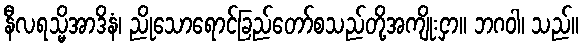
နီလရသ္မိအာဒိနံ၊ ညိုသောရောင်ခြည်တော်စသည်တို့အကျိုးငှာ။ ဘဂဝါ၊ သည်။